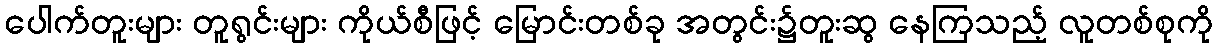
ပေါက်တူးများ တူရွင်းများ ကိုယ်စီဖြင့် မြောင်းတစ်ခု အတွင်း၌တူးဆွ နေကြသည့် လူတစ်စုကို